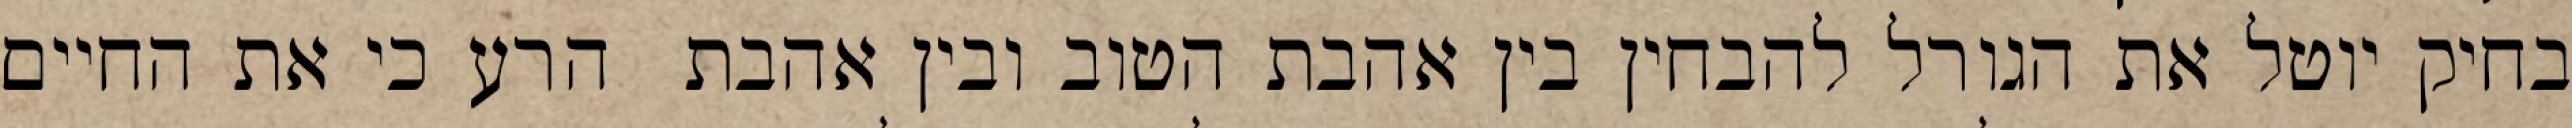
בחיק יוטל את הגורל להבחין בין אהבת הטוב ובין אהבת  הרע כי את החיים